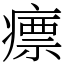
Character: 瘭